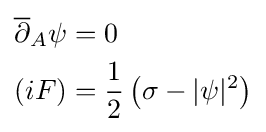
{\begin{aligned}{\overline {\partial }}_{A}\psi &=0\\*(iF)&={\frac {1}{2}}\left(\sigma -\vert \psi \vert ^{2}\right)\\\end{aligned}}